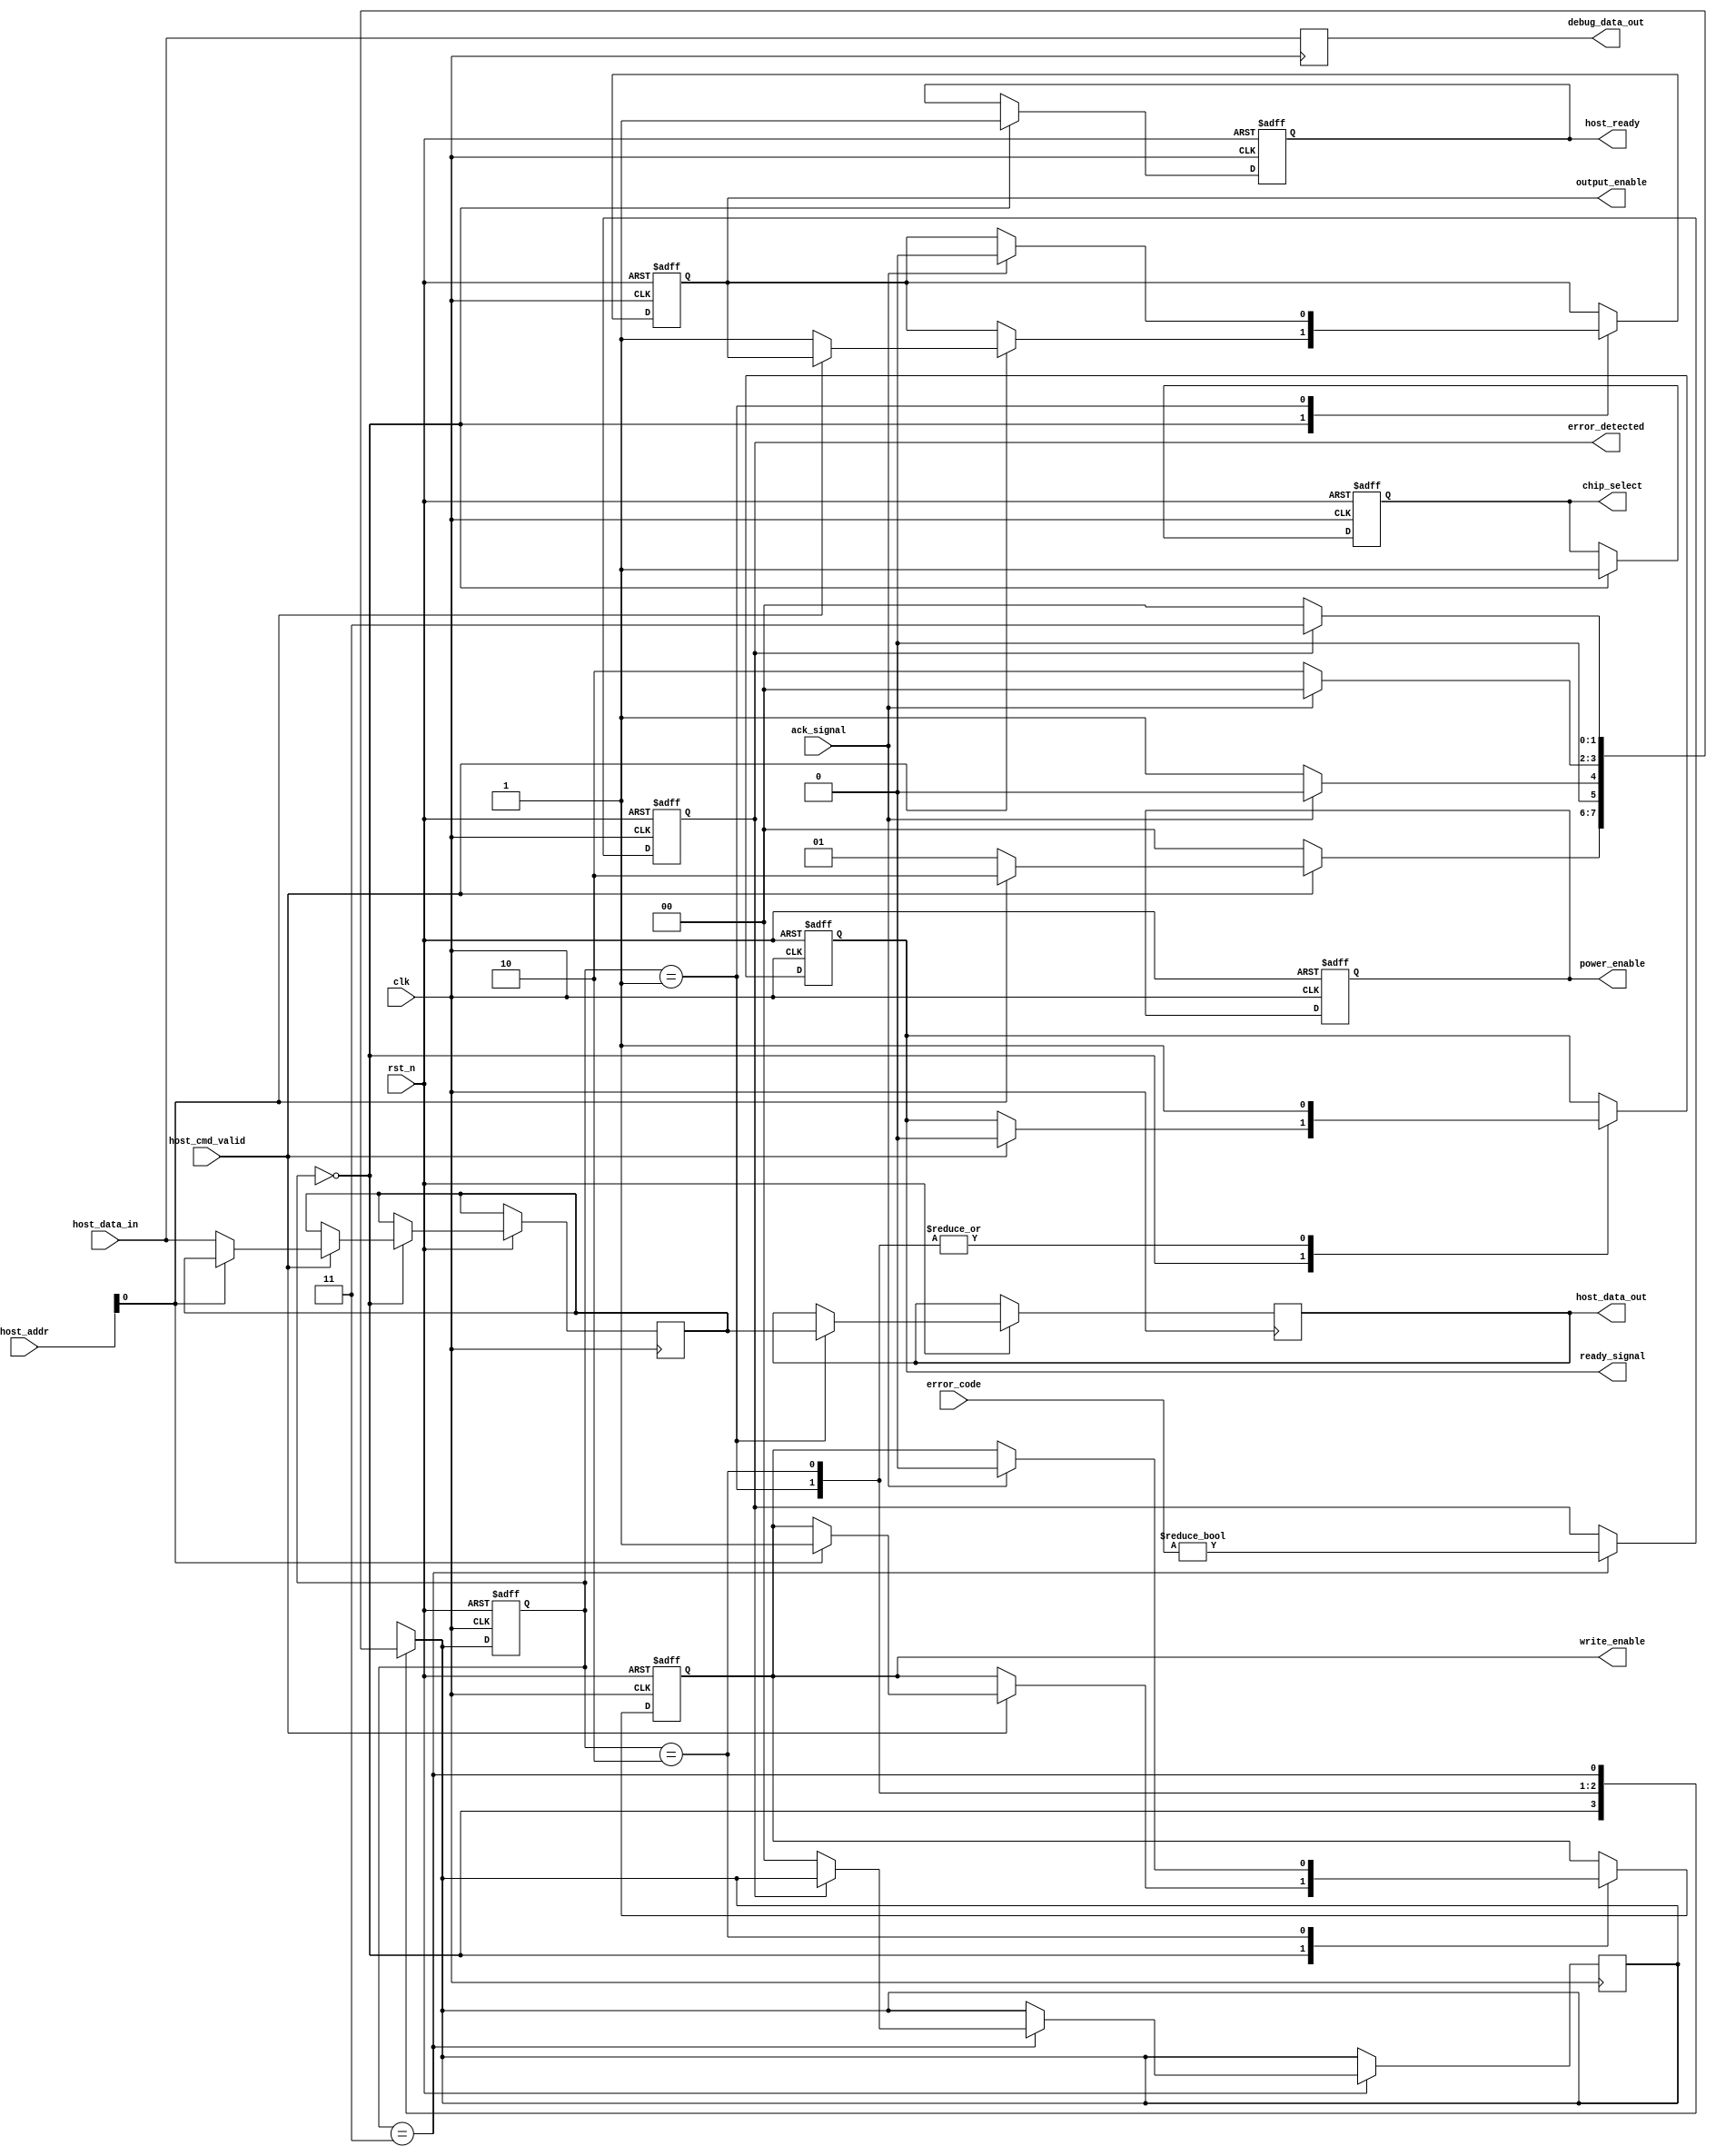
module SSD_IO_Block #(
    parameter DATA_WIDTH = 32,
    parameter ADDR_WIDTH = 16
)(
    input wire clk,
    input wire rst_n,
    
    // Host Interface
    input wire [DATA_WIDTH-1:0] host_data_in,
    output reg [DATA_WIDTH-1:0] host_data_out,
    input wire [ADDR_WIDTH-1:0] host_addr,
    input wire host_cmd_valid,
    output reg host_ready,
    
    // Control Signals
    output reg chip_select,
    output reg write_enable,
    output reg output_enable,
    
    // Handshaking Signals
    output reg ready_signal,
    input wire ack_signal,
    
    // Power Management
    output reg power_enable,
    
    // Error Detection
    input wire [7:0] error_code,
    output reg error_detected,
    
    // Debug Interface
    output reg [DATA_WIDTH-1:0] debug_data_out
);

// Internal signals
reg [DATA_WIDTH-1:0] input_buffer;
reg [DATA_WIDTH-1:0] output_buffer;
reg busy;

// State Machine for Command Processing
localparam IDLE = 2'b00,
           READ = 2'b01,
           WRITE = 2'b10,
           ERROR = 2'b11;
           
reg [1:0] state, next_state;

// Combinational Logic for State Transition
always @(*) begin
    case (state)
        IDLE: begin
            if (host_cmd_valid) begin
                if (host_addr[0] == 1'b0) // Example condition for READ
                    next_state = READ;
                else
                    next_state = WRITE;
            end else
                next_state = IDLE;
        end
        
        READ: begin
            if (ack_signal)
                next_state = IDLE;
            else
                next_state = READ;
        end
        
        WRITE: begin
            if (ack_signal)
                next_state = IDLE;
            else
                next_state = WRITE;
        end
        
        ERROR: begin
            if (!error_detected)
                next_state = IDLE;
            else
                next_state = ERROR;
        end
        
        default: next_state = IDLE;
    endcase
end

// Sequential Logic for State Transition
always @(posedge clk or negedge rst_n) begin
    if (!rst_n)
        state <= IDLE;
    else
        state <= next_state;
end

// Control Logic
always @(posedge clk or negedge rst_n) begin
    if (!rst_n) begin
        host_ready <= 1'b1;
        chip_select <= 1'b1;
        write_enable <= 1'b0;
        output_enable <= 1'b0;
        ready_signal <= 1'b0;
        power_enable <= 1'b1;
        error_detected <= 1'b0;
        busy <= 1'b0;
    end else begin
        case (state)
            IDLE: begin
                host_ready <= 1'b1;
                chip_select <= 1'b1;
                if (host_cmd_valid) begin
                    if (host_addr[0] == 1'b0) begin
                        // Read Command
                        busy <= 1'b1;
                        output_buffer <= host_data_in; // Simulate read
                        output_enable <= 1'b1;
                        ready_signal <= 1'b0;
                    end else begin
                        // Write Command
                        busy <= 1'b1;
                        input_buffer <= host_data_in; // Store incoming data
                        write_enable <= 1'b1;
                        ready_signal <= 1'b0;
                    end
                end
            end
            
            READ: begin
                host_data_out <= output_buffer; // Output data to host
                ready_signal <= 1'b1; // Indicate ready
                if (ack_signal) begin
                    output_enable <= 1'b0;
                    busy <= 1'b0;
                end
            end
            
            WRITE: begin
                // Simulate write operation
                ready_signal <= 1'b1; // Indicate ready
                if (ack_signal) begin
                    write_enable <= 1'b0;
                    busy <= 1'b0;
                end
            end
            
            ERROR: begin
                error_detected <= (error_code != 8'b0); // Simple error detection
                if (!error_detected) begin
                    next_state <= IDLE; // Go back to idle if no error
                end
            end
        endcase
    end
end

// Debugging Output
always @(posedge clk) begin
    debug_data_out <= {host_addr, host_data_in}; // Example debug output
end

endmodule